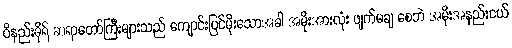
ဝိနည်းဓိုရ် ဆရာတော်ကြီးများသည် ကျောင်းပြင်မိုးသောအခါ အမိုးအားလုံး ဖျက်မချ စေဘဲ အမိုးအနည်းငယ်